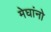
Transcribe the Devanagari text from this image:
मेघांनो